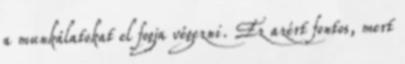
a munkálatokat el fogja végezni. Ez azért fontos, mert